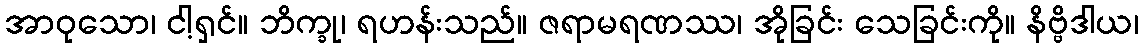
အာဝုသော၊ ငါ့ရှင်။ ဘိက္ခု၊ ရဟန်းသည်။ ဇရာမရဏဿ၊ အိုခြင်း သေခြင်းကို။ နိဗ္ဗိဒါယ၊